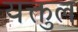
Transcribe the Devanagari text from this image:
यक्तुल